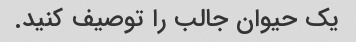
یک حیوان جالب را توصیف کنید.